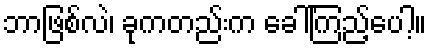
ဘာဖြစ်လဲ၊ ခုကတည်းက ခေါ်ကြည့်ပေါ့။